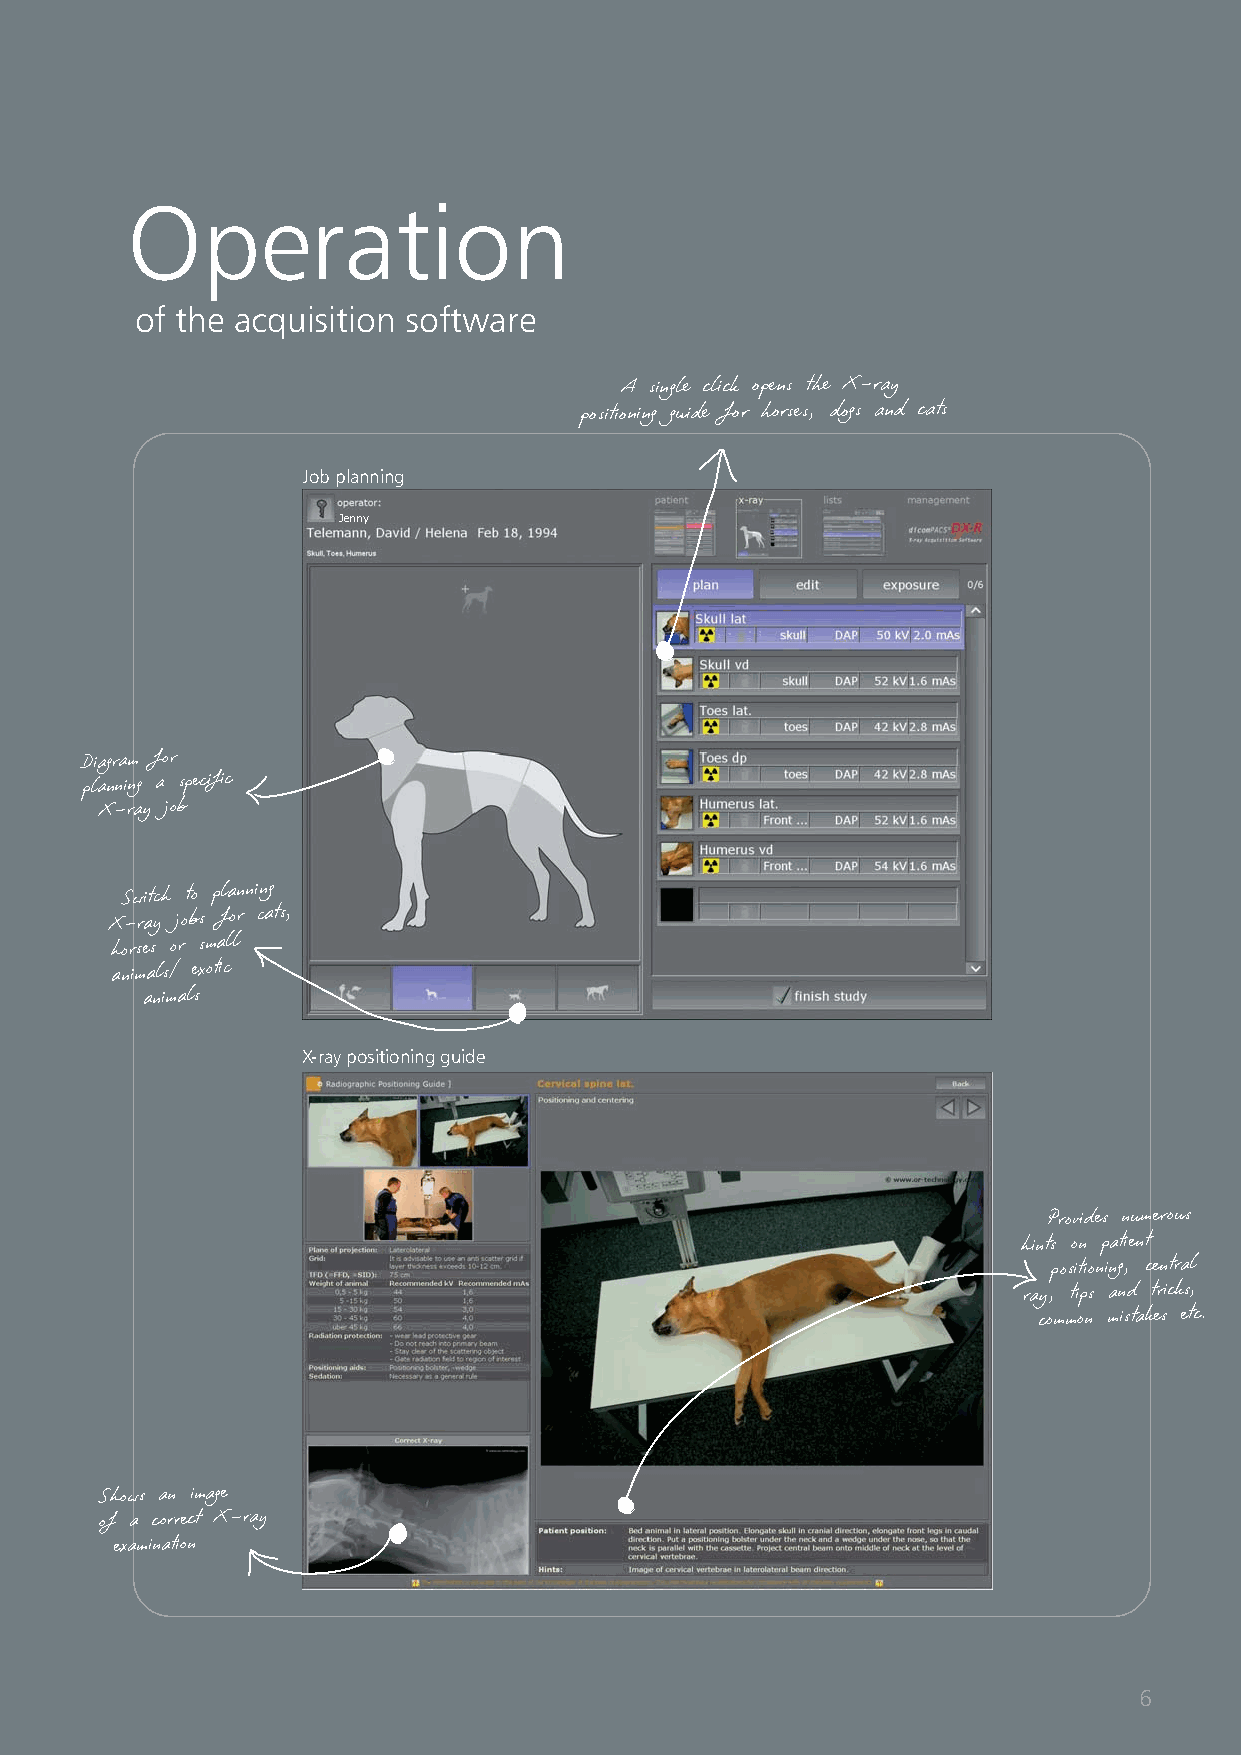
Operation
 of the acquisition software
 A single click opens the X-ray
 positioning guide for horses, dogs and cats
 Job planning
 Jenny
 Diagram for
 planning a specific
 X-ray job
 Switch to planning
 X-ray jobs for cats,
 horses or small
 animals/ exotic
 animals
 X-ray positioning guide
 Provides numerous
 hints on patient
 positioning, central
 ray, tips and tricks,
 common mistakes etc.
 Shows an image
 of a correct X-ray
 examination
 6